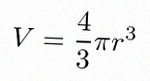
V=\frac43\pi r^3